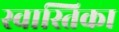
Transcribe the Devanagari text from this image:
स्वास्तिका